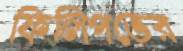
ফিলিপভের